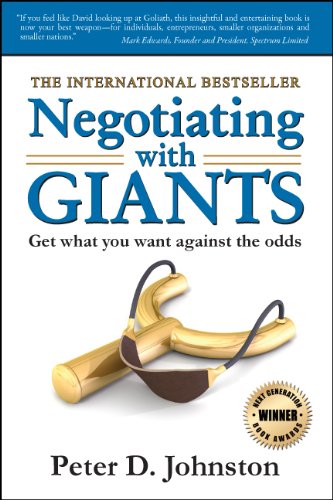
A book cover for Negotiating with Giants; Peter D. Johnston; Law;